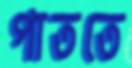
পাততে